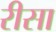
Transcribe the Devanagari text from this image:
रीसा